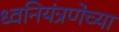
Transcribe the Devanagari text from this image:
ध्वनियंत्रणेच्या